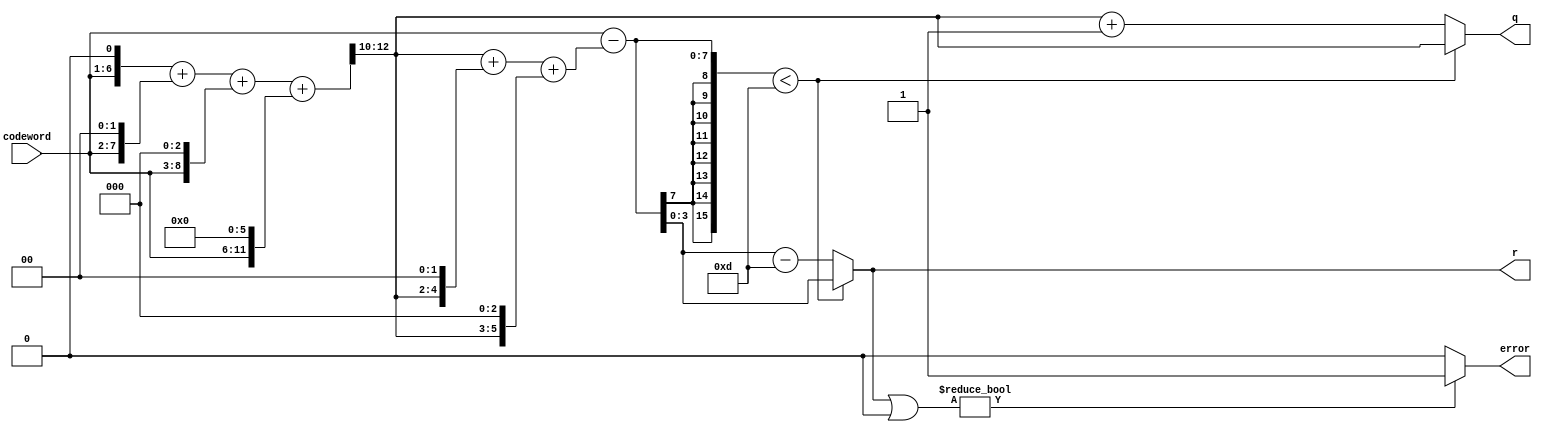
`timescale 1ns / 1ps

module barrett_n13(input [5:0] codeword,
					output  [2:0]q,
					output [3:0]r ,
					output error
					//,output  [5:0] receive

    );

    

	   wire  [15:0]q_temp;
	   wire  [15:0]r_temp;
		
		assign q_temp = ( (codeword<<<1) +(codeword<<<2) +(codeword<<<3) +(codeword<<<6) ) >>>10; 
        assign r_temp = codeword-((q_temp<<<0)+(q_temp<<<2)+(q_temp<<<3));
        assign q = r_temp <4'd13 ? q_temp:q_temp+1'b1;
        assign r= r_temp <4'd13 ? r_temp:r_temp-4'd13;
		assign error = r |4'd0 ? 1'b1:1'b0;
 
endmodule